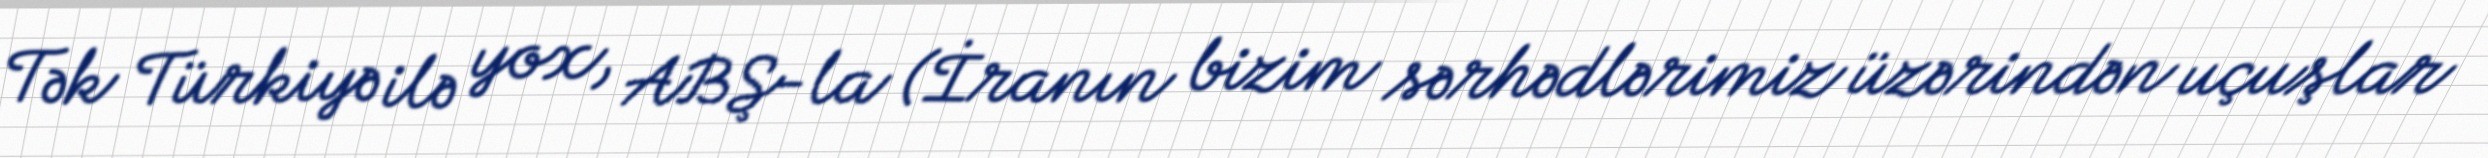
Tək Türkiyə ilə yox, ABŞ-la (İranın bizim sərhədlərimiz üzərindən uçuşlar